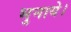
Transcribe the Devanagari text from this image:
भुनाये।